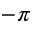
- \pi